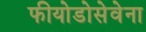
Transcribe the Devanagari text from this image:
फीयोडोसेवेना